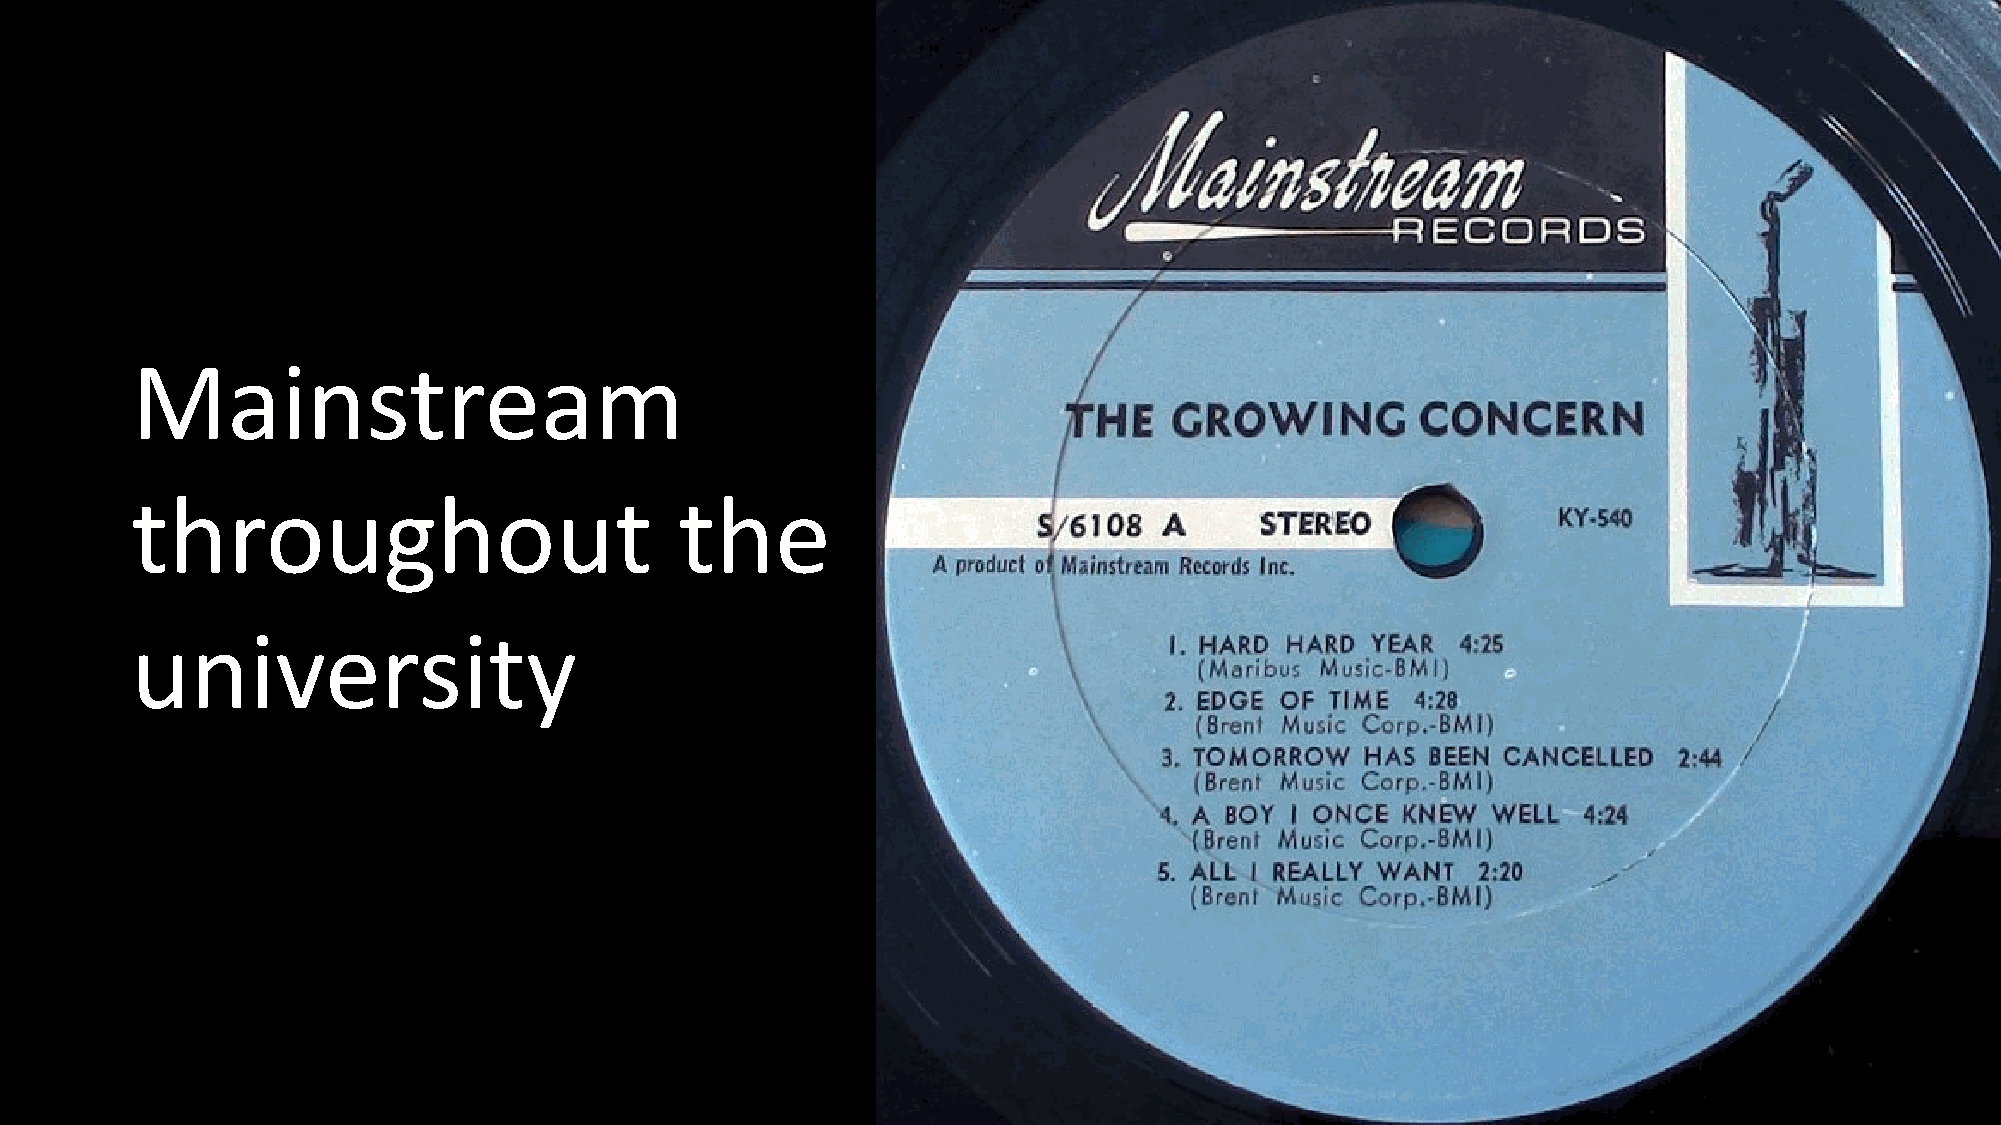
Mainstream
 throughout                          the
 university